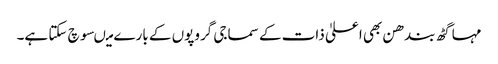
مہا گٹھ بندھن بھی اعلیٰ ذات کے سماجی گروپوں کے بارے میںسوچ سکتا ہے۔